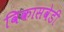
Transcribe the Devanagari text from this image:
विकासवेडी